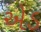
એડ